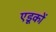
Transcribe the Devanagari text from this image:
एडूकों